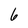
Character: 6